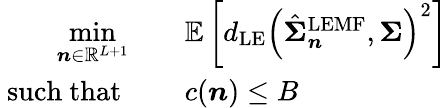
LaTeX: \begin{array}{rl}{\underset{{\boldsymbol{n}}\in\mathbb{R}^{L+1}}{\operatorname*{min}}}&{\quad\mathbb{E}\left[d_{\mathrm{LE}}\left(\hat{{\boldsymbol{\Sigma}}}_{{\boldsymbol{n}}}^{\mathrm{LEMF}},{\boldsymbol{\Sigma}}\right)^{2}\right]}\\ {\mathrm{~such~that~}}&{\quad c(\boldsymbol{n})\le B\, }\end{array}